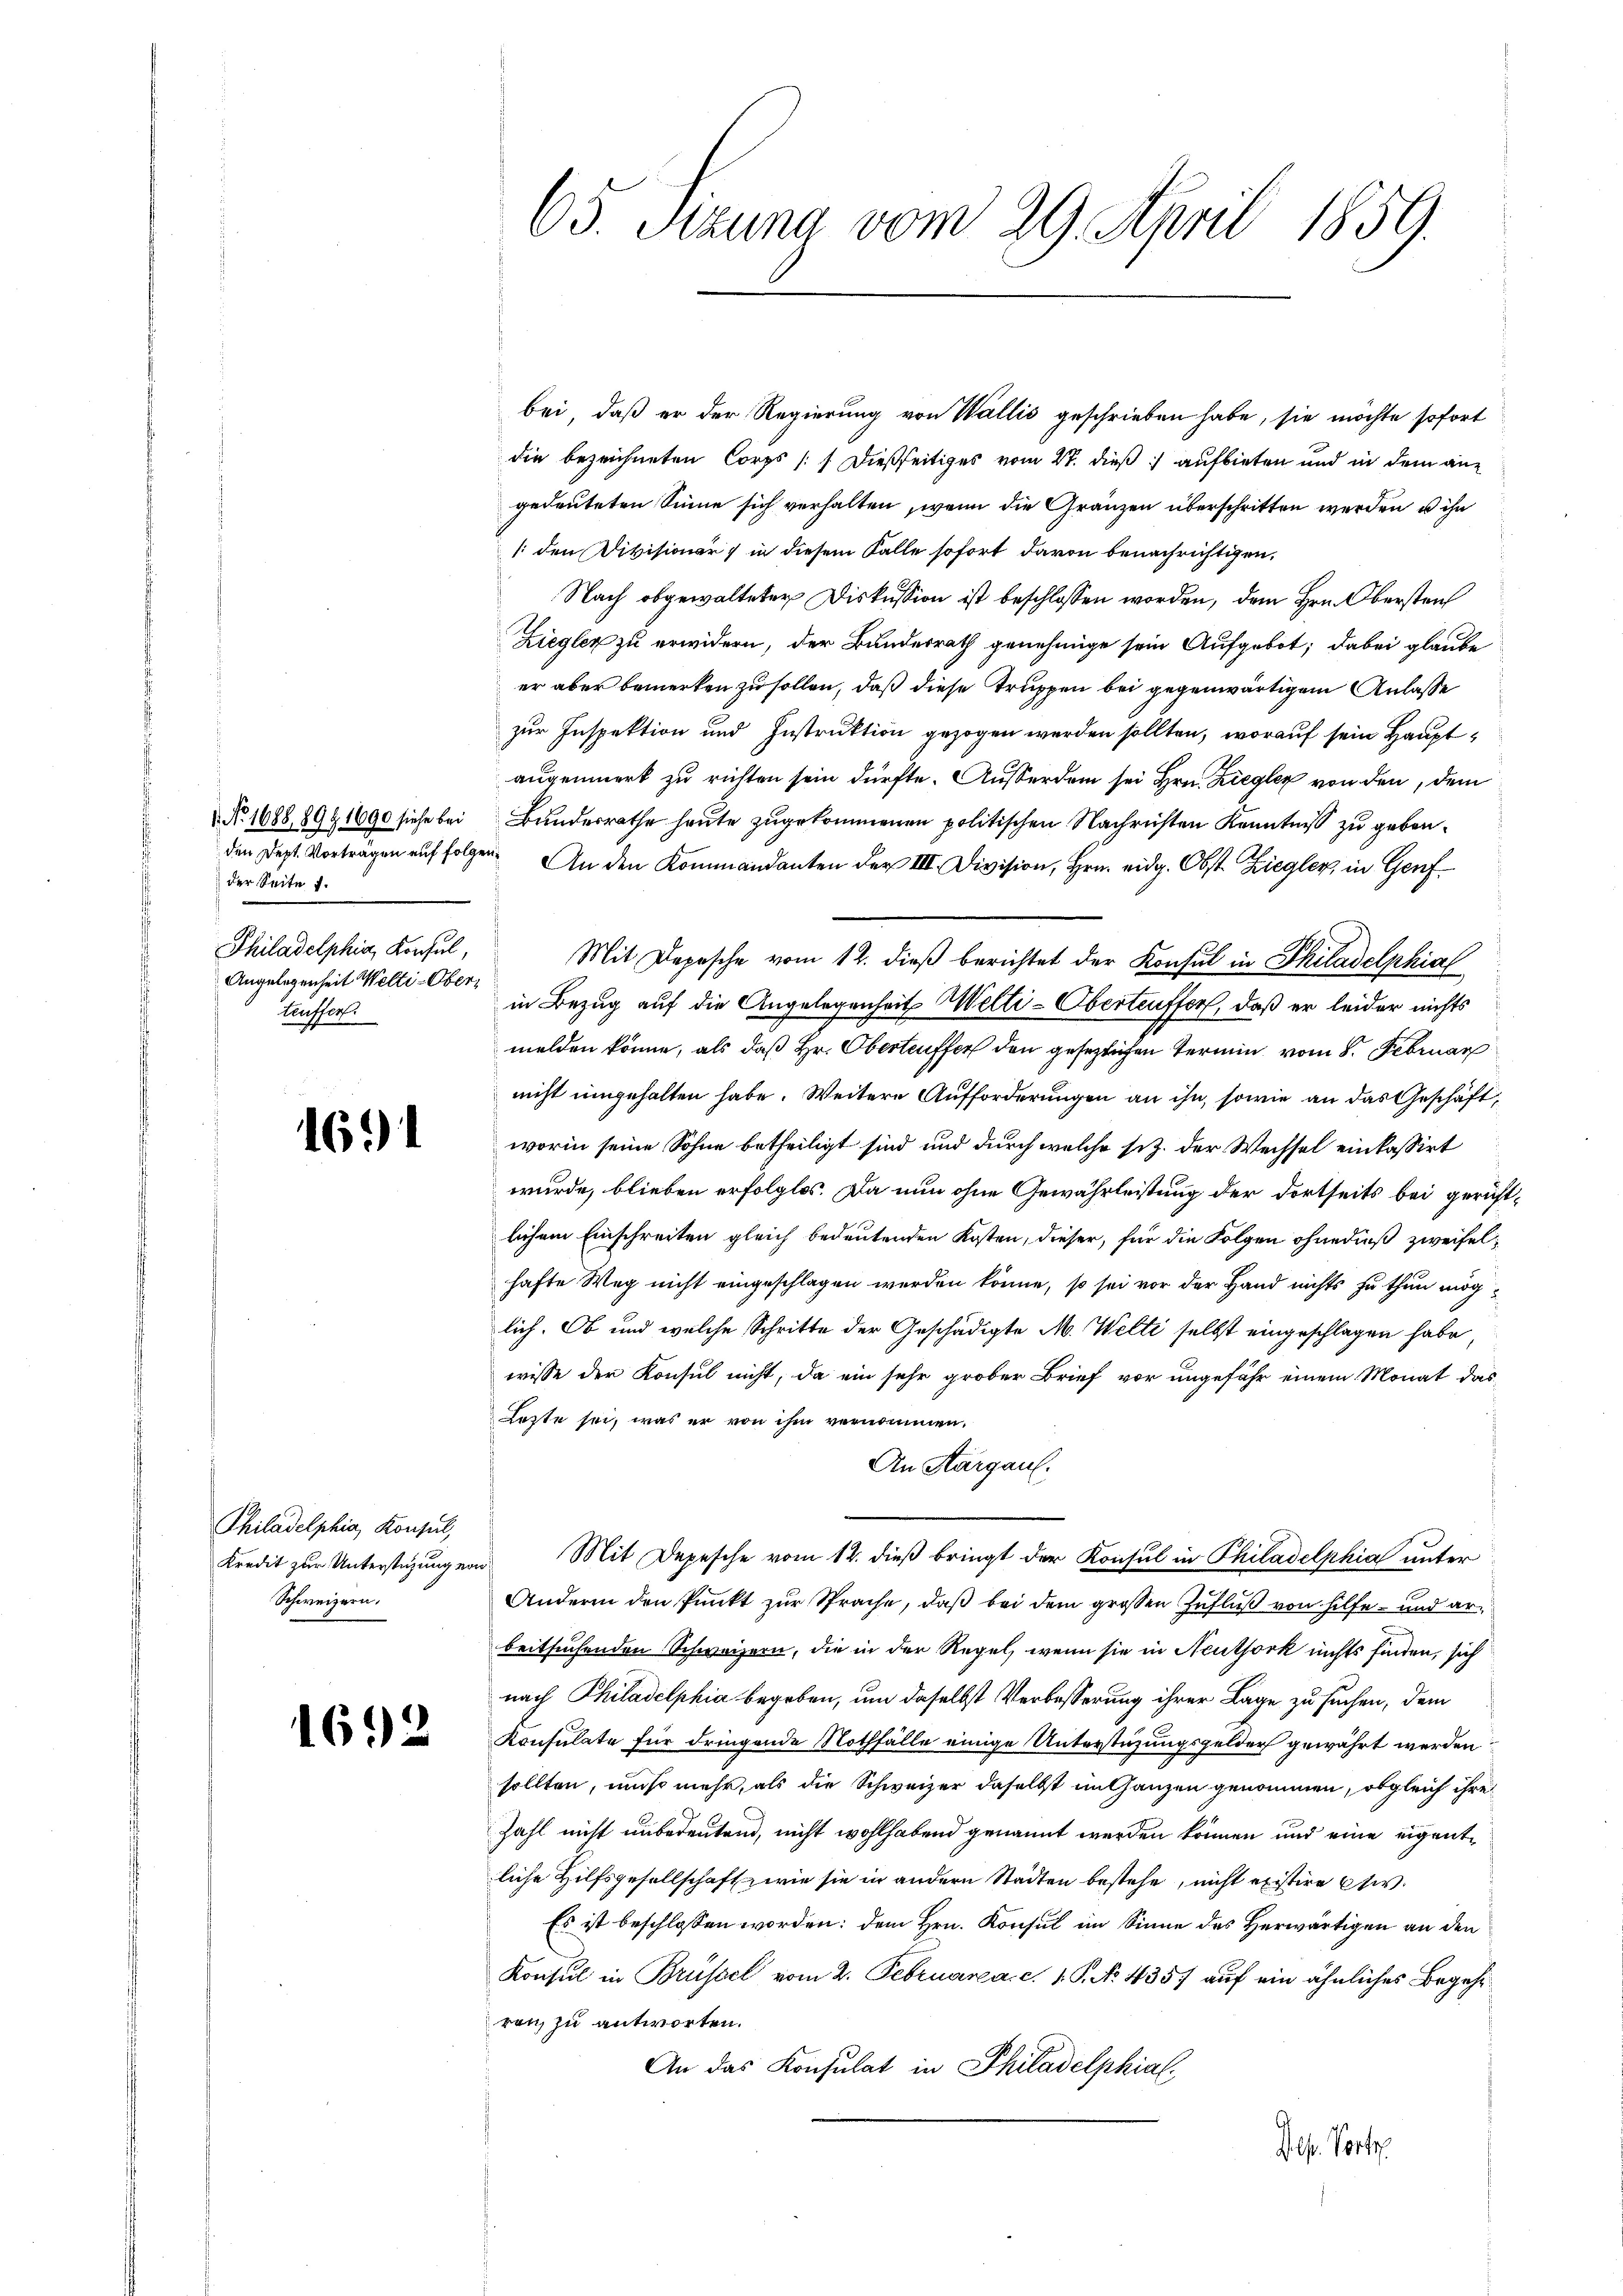
der Seite 1.
Philadelphia, Konsul,
Angelegenheit Welti-Oberteufferl.

1691

Philadelphia, Konsul,
Schweizern.

1692

63. Sizung vom 29. April 1859.

die bezeichneten Corps /:/ dießseitiges vom 27. dieß aufbieten und in dem anz
gedeuteten Sinne sich verhalten, wenn die Gränzen überschritten werden u ihn
/. den Divisionär in diesem Falle sofort davon benachrichtigen,
Nach obgewalteter Diskussion ist beschlossen worden, dem Hrn. Obersten
Ziegler zu erwidern, der Bundesrath genehmige sein Aufgebot; dabei glaube
er aber bemerken zu sollen, daß diese Truppen bei gegenwärtigem Anlasse
zur Inspektion und Instruktion gezogen werden sollten, worauf sein Hauptaugeniert zu richten sein dürfte. Außerdem sei Hrn. Ziegler von den, dem
 Nr. 1688,8991690 siehe bei Bundesrathe heute zugekommenen politischen Nachrichten Kenntniß zu gebenden Dest. Vortragen auf folgen. An den Kommandanten der III. Division, Hrn. eidg. Obst Ziegler, in Genf¬
Mit Depesche vom 12. dieß berichtet der Konsul in Philadelphial
in Bezug auf die Angelegenheit Welti-Oberteuffer, daß er leider nichts
melden könne, als daß Hr. Oberteuffer den gesezlichen Termin vom 8. Februar
nicht umgehalten habe. Weitere Aufforderungen an ihn, sowie an das Geschäft,
worin seine Sohne betheiligt sind und durch welche sitz. der Wechsel einkassirt
wurde, blieben erfolglos. Da nun ohne Gewährleistung der dortseits bei gerichtlichem Einschreiten gleich bedeutenden Kosten, dieser, für die Folgen ohne dieß zweifelhafte Weg nicht eingeschlagen werden könne, so sei vor der Hand nichts zu thun möglich. Ob und welche Schritte der Geschädigte M. Welti selbst eingeschlagen habe,
wisse der Konsul nicht, da ein sehr grober Brief vor ungefähr einem Monat das¬
Lezte sei, was er von ihm vernommen.
An Thurgau.
Kredit zur Unterstüzungen Mit Depesche vom 12. dieß bringt der Konsul in Philadelphia unter
Andern den Punkt zur Sprache, daß bei dem grossen Zufluß von hilfe - und arbeitsuchenden Schweizern, die in der Regel, wenn sie in Neuthork nichts finden, sich
nach Philadelphia begeben, um daselbst Verbesserung ihrer Lage zu suchen, dem
Konsulate für dringende Nothfälle einige Unterstüzungsgelder gewährt werden
sollten, muß mehr, als die Schweizer daselbst im Ganzen genommen, obgleich ihre
Zahl nicht unbedeutend, nicht wohlhabend genannt werden können und eine eigentliche Hilfsgesellschaft, wie sie in andern Städten bestehe, nicht existire etw
Es ist beschlossen worden; dem Hrn. Konsul im Sinne des Herwärtigen an den
Konsul in Brüssel vom 2. Februar a. c. v. J. No. 435 auf ein ähnliches Begehrren, zu antworten.
An das Konsulat in Philadelphial
Jos. Vortr

bei, daß er der Regierung von Wallis geschrieben habe, sie möchte sofort